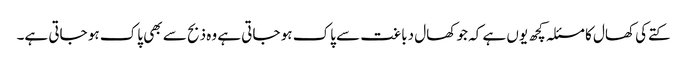
کتےکی کھال کا مسئلہ کچھ یوں ہے کہ جو کھال دباغت سے پاک ہو جاتی ہے وہ ذبح سے بھی پاک ہو جاتی ہے۔